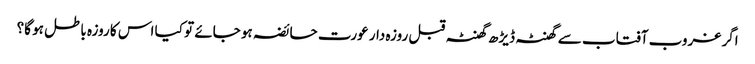
اگر غروب آفتاب سے گھنٹہ ڈیڑھ گھنٹہ قبل روزہ دار عورت حائضہ ہو جائے تو کیا اس کا روزہ باطل ہو گا؟